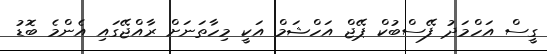
ގީސް އަހްމަދު ފޭސްބުކް ޕޭޖް އަހްޝަމް އަކީ މިހާތަނަށް ރާއްޖޭގައި އެންމެ ބޮޑު